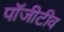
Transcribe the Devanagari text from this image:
पॉजीटीव